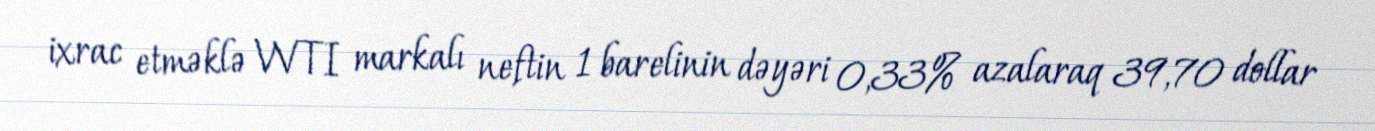
ixrac etməklə WTI markalı neftin 1 barelinin dəyəri 0,33% azalaraq 39,70 dollar